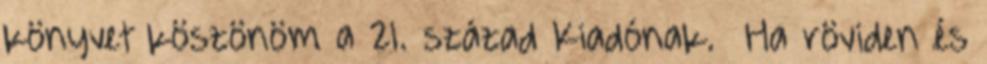
könyvet köszönöm a 21. század Kiadónak. Ha röviden és